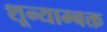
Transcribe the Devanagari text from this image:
शून्याम्बक्त